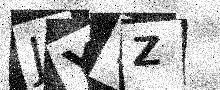
Text: JYWZ